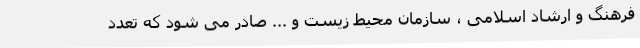
فرهنگ و ارشاد اسلامی ، سازمان محیط زیست و ... صادر می شود که تعدد